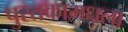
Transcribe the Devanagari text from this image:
पुस्तकामधला